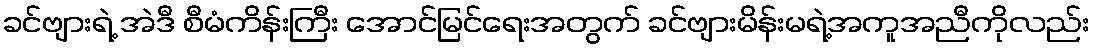
ခင်ဗျားရဲ့ အဲဒီ စီမံကိန်းကြီး အောင်မြင်ရေးအတွက် ခင်ဗျားမိန်းမရဲ့အကူအညီကိုလည်း